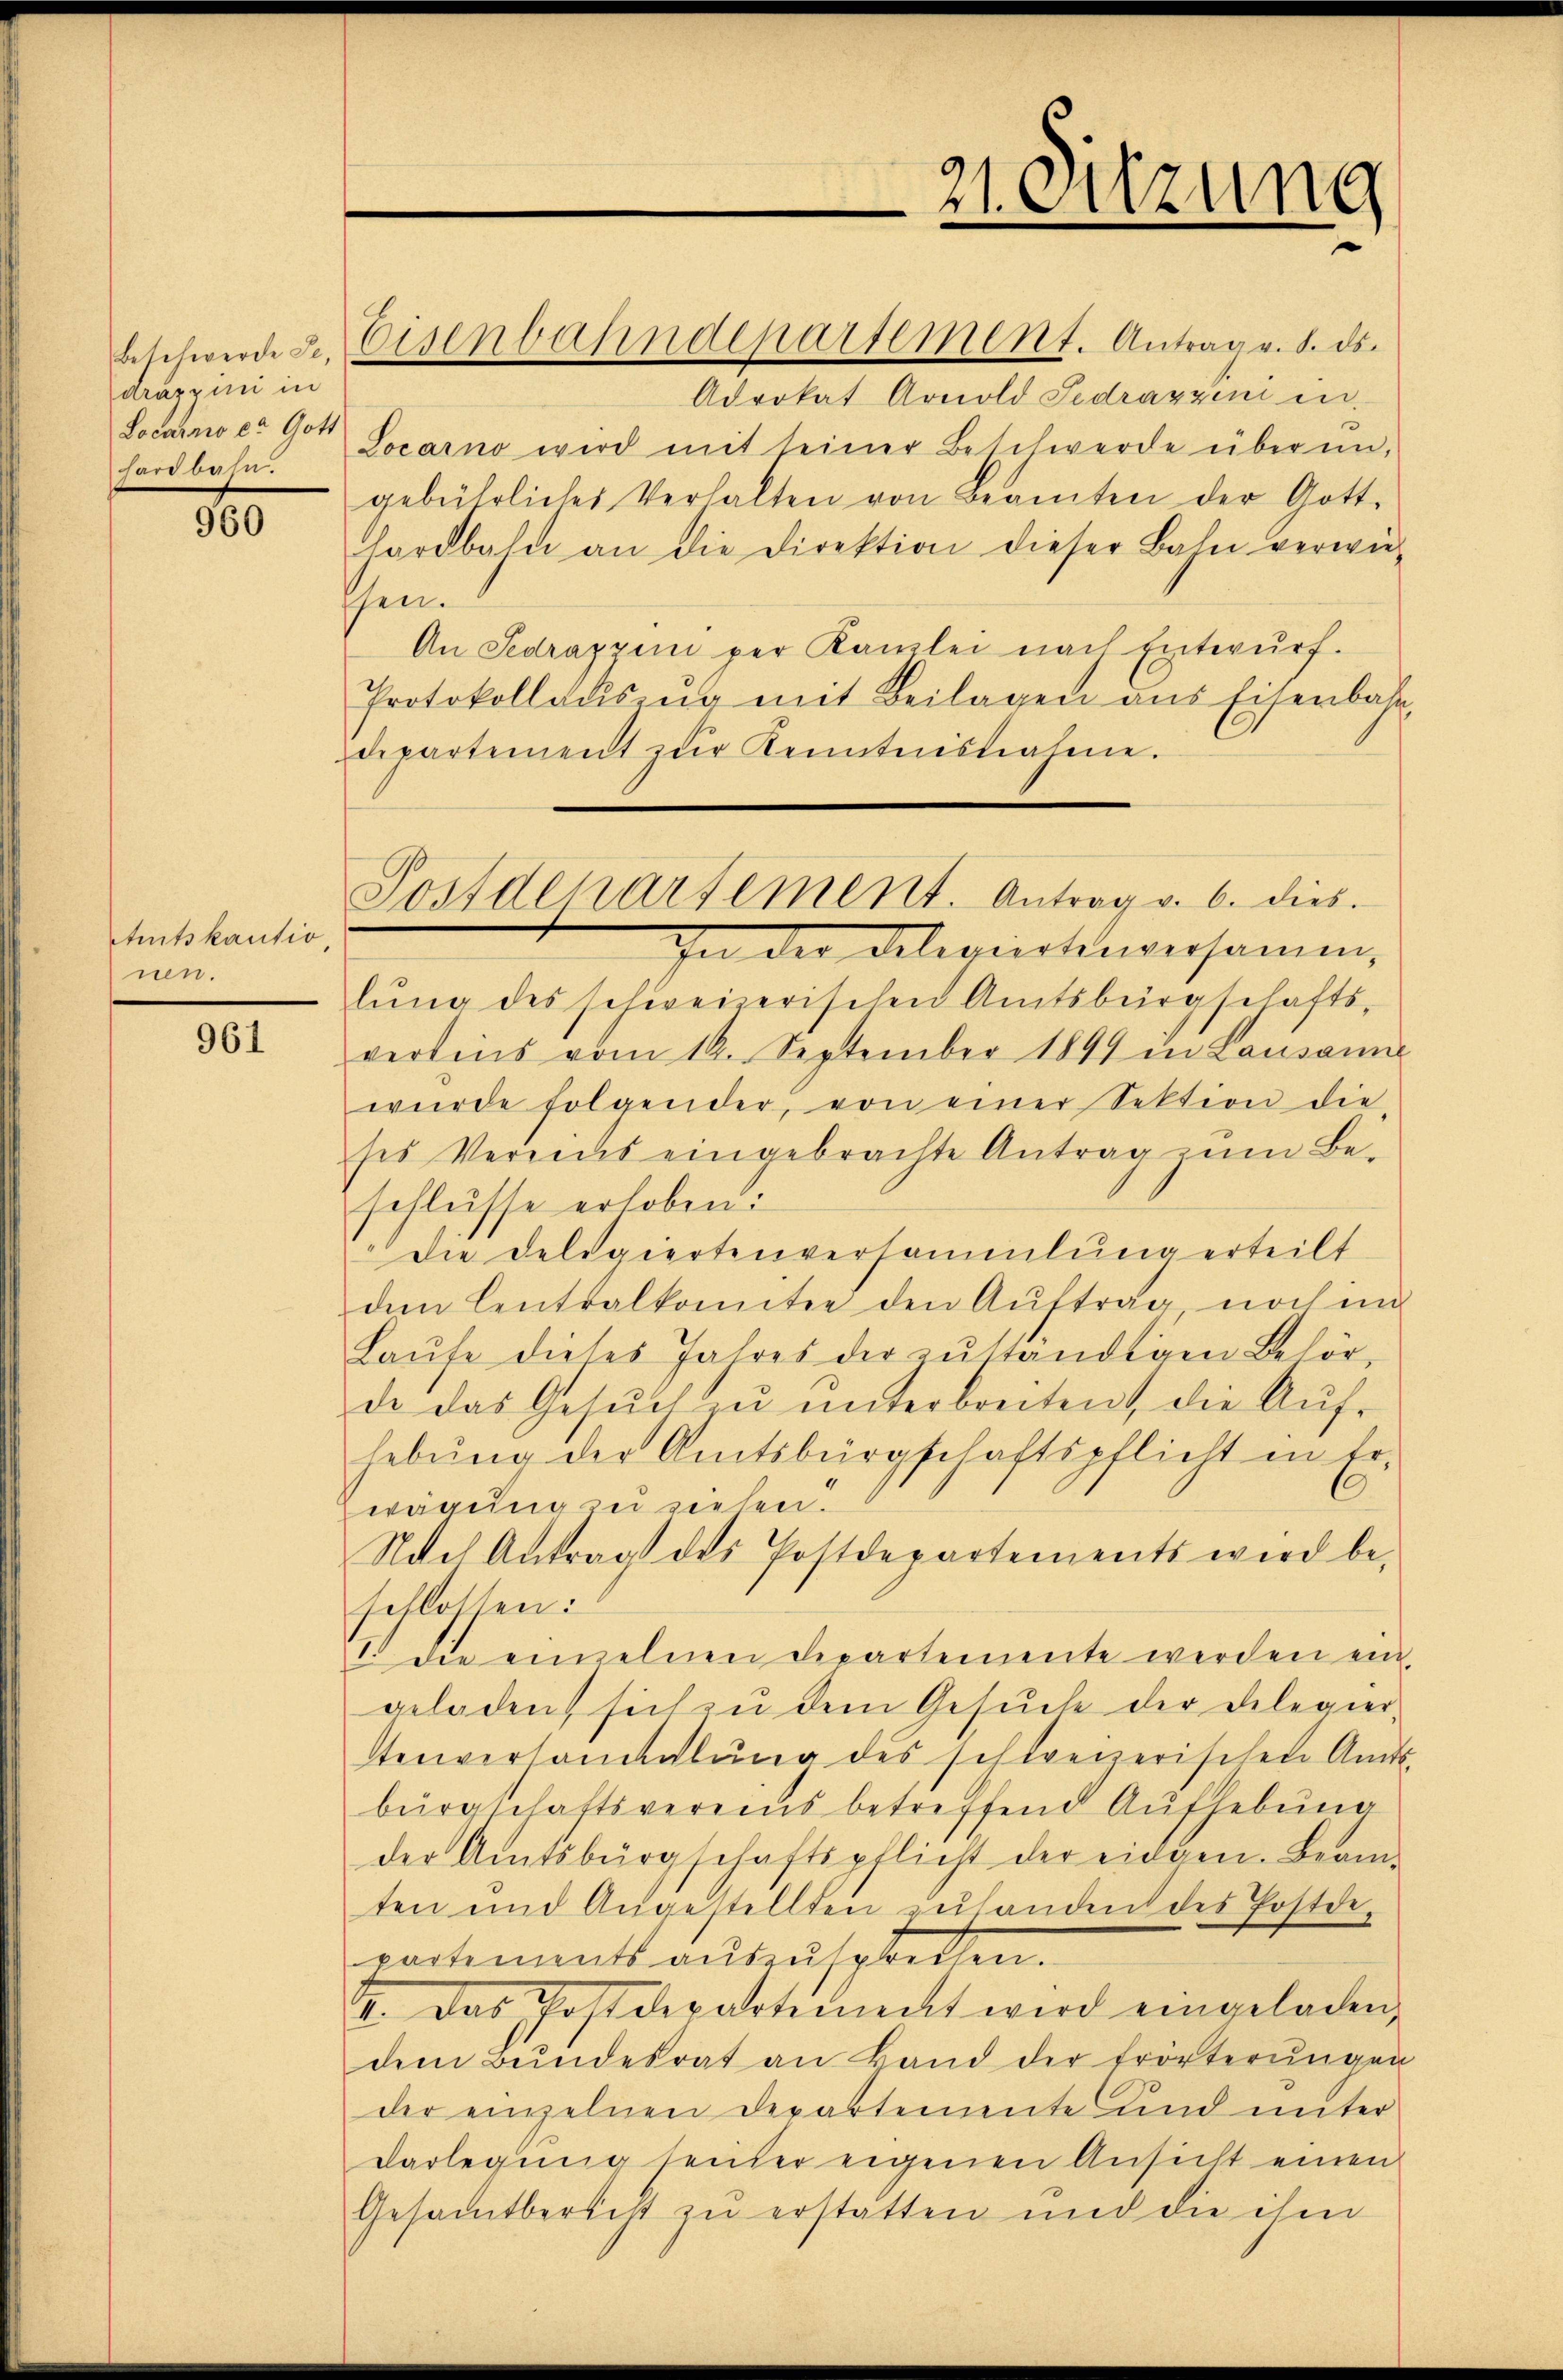
Beschwerde Se.
dräppini in
Locarno c. Gott
hardbahn.

960

Amtskautio
nen.

961

Eisenbahndepartement. Antrag v. 8. ds.

Postdepartement. Antrag v. 6. dies

21. Sitzung

Advokat Arnold Sedrazzen in
Locarno wird mit seiner Beschwerde über un-
gebührliches Verhalten von Beamten der Gott-
hardbahn an die Direktion dieser Bahn verwie-
schen.
An Sedrappen per Kanzlei nach Entwŭrf.
Protokollauszug mit Beilagen aus Eisenbahn
departement zŭr Kenntnisnahme.
In der Deliquotenversamen,
lŭng des schweizerischen Amtsbürgschafts-
verlins vom 14. September 1899 in Lausanne
wŭrde folgender, von einer Sektion die
ses Vereins eingebrachte Antrag zum Be-
schlüsse erhoben:
Die Delegiertenversammlung erteilt
dem Centralkomitee den Aŭftrag, noch im
Laŭfe dieses Jahres der zŭständigen Behör-
de das Gesŭch zŭ ŭnterbreiten, die Aŭf-
hebung der Amtsbürgschaftspflicht in Er-
wägung zu sehen.
Nach Antrag des Postdepartements wird be-
schlossen:
. die einzelnen Departemente werden ein,
geladen, sich zu dem Gesuche der Delegier-
tenversammlung des schweizerischen Amts-
bürgschaftsvereins betreffend Aufhebung
der Amtsbürgschaftspflicht der eidgen. Beam-
ten und Angestellten zuhanden des Postdepartements auszusprechen.
. Das Postdepartement wird eingeladen,
dem Bŭndesrat an Band der Erörterŭngen
der einzelnen Departemente und unter
darlegung seicher eigenen Ansicht einen
Gesamtbericht zu erstatten und die ihm